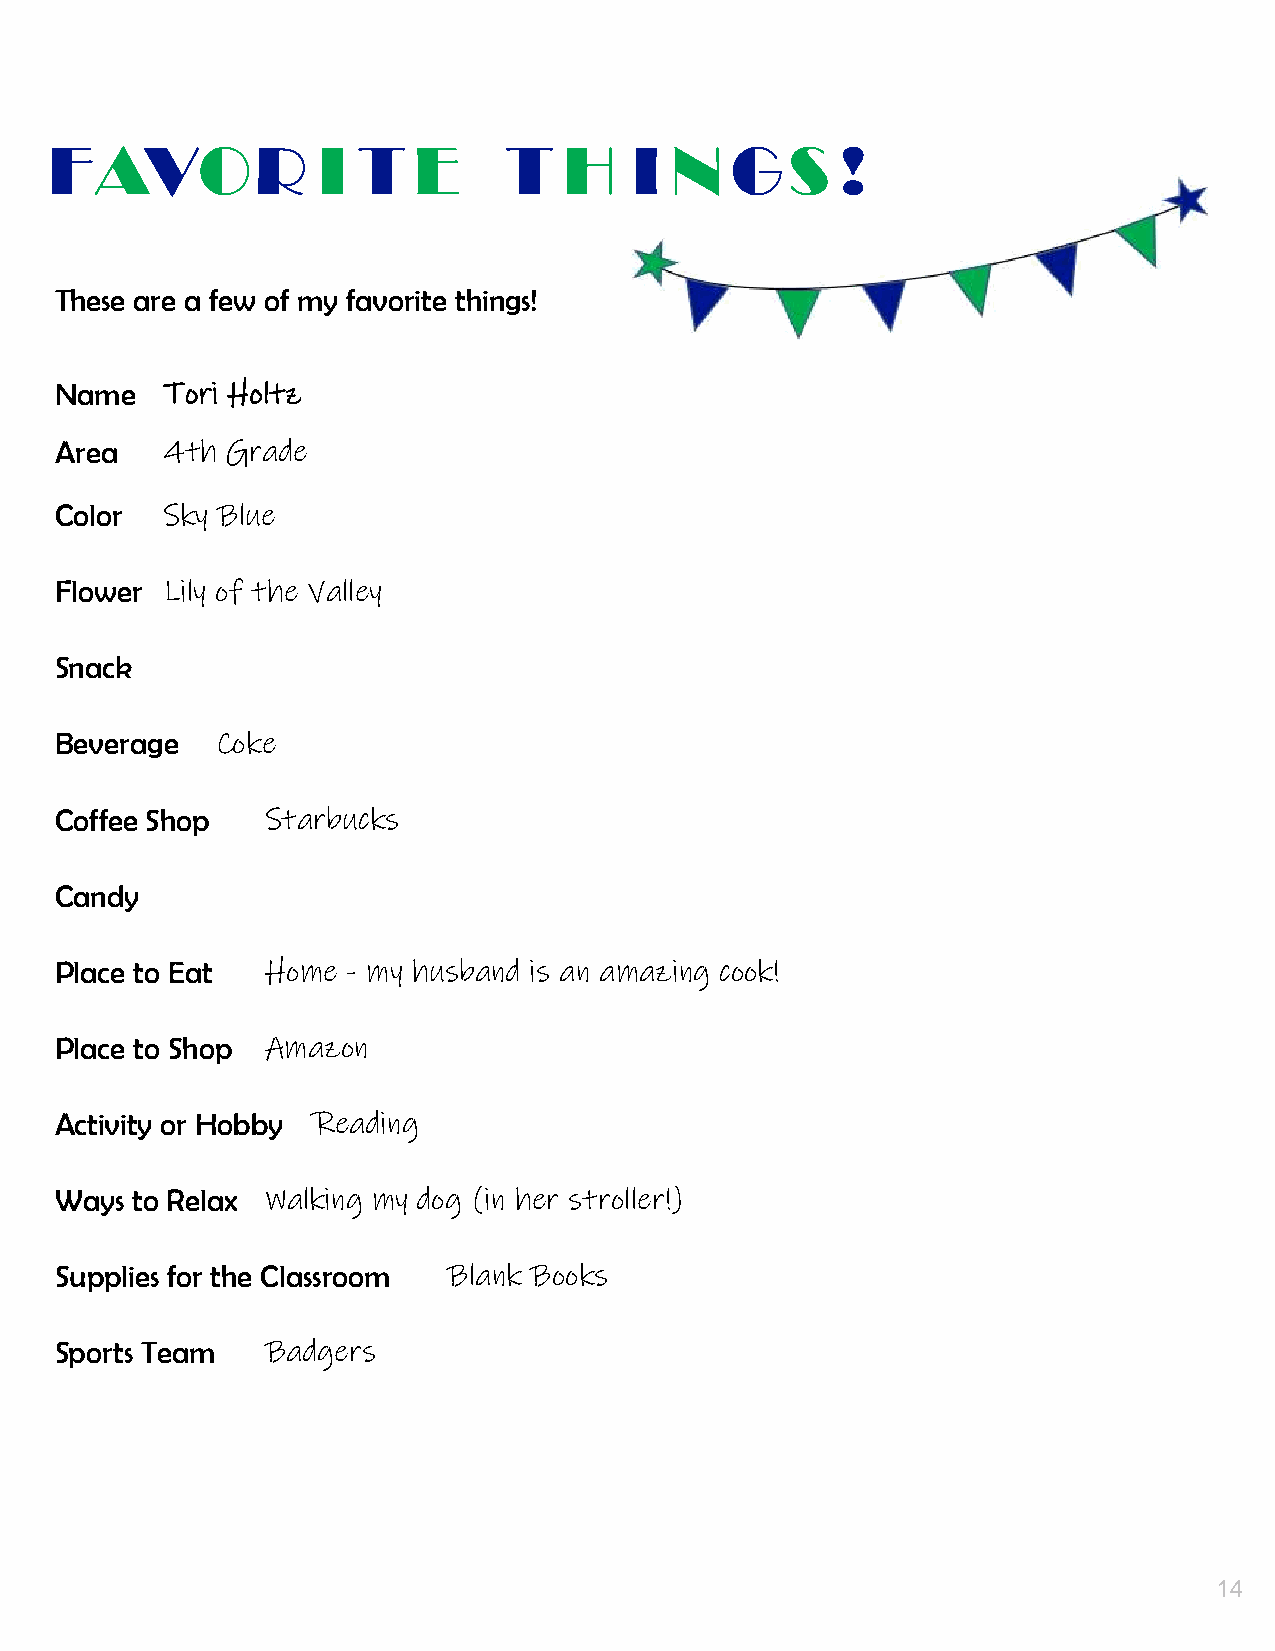
13.
 FAVOR             I  T  E     T   H    I N   GS      !
 These are a few of my favorite things!
 Name   Tori Holtz
 Area   4th Grade
 Color  Sky Blue
 Flower Lily of the Valley
 Snack
 Beverage  Coke
 Coffee Shop   Starbucks
 Candy
 Place to Eat  Home - my husband is an amazing cook!
 Place to Shop Amazon
 Activity or Hobby Reading
 Ways to Relax Walking my dog (in her stroller!)
 Supplies for the Classroom Blank Books
 Sports Team   Badgers
 14